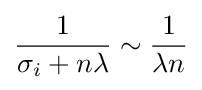
{\frac {1}{\sigma _{i}+n\lambda }}\sim {\frac {1}{\lambda n}}